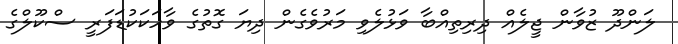
ލަންދޫ ޒުވާން ޖީލެއް ދިރިތިއްބާ ވަޅުލެވި މަރުވެގެން ދިޔަ ގޮތުގެ ވާހަކަކުޑަފަރީ ސްކޫލްގެ